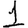
Digit: 1